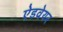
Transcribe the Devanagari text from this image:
ऐडवेयर